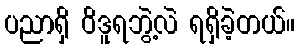
ပညာရှိ ဝိဒူရဘွဲ့လဲ ရရှိခဲ့တယ်။